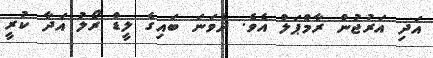
އަދި އަރުޖުން ރާމްޕަލް އެވެ. ދެވަނަ ބައިގެ ލީޑް ރޯލު އަދާ ކުރީ